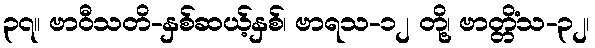
၃၇။ ဗာဝီသတိ-နှစ်ဆယ့်နှစ်၊ ဗာရသ-၁၂ တို့၊ ဗာတ္တိံသ-၃၂၊